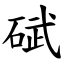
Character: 碔